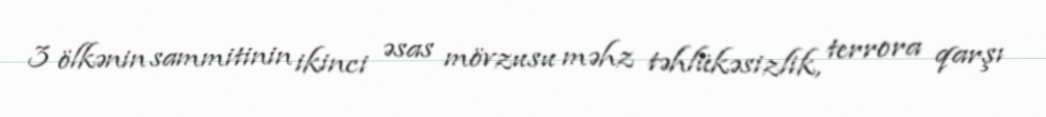
3 ölkənin sammitinin ikinci əsas mövzusu məhz təhlükəsizlik, terrora qarşı